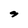
Character: S